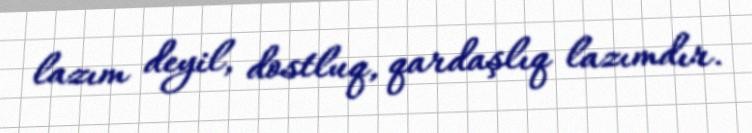
lazım deyil, dostluq, qardaşlıq lazımdır.